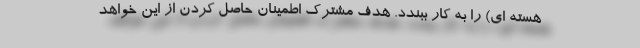
هسته ای) را به کار ببندد. هدف مشترک اطمینان حاصل کردن از این خواهد